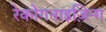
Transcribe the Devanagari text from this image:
रेकोगनाइज़िन्ग